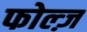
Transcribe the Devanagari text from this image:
फोल्ज़